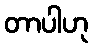
တာပါဟု